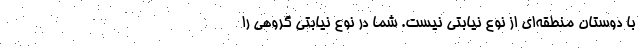
با دوستان منطقه‌اي از نوع نيابتي نيست. شما در نوع نيابتي گروهي را